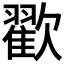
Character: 𣤩